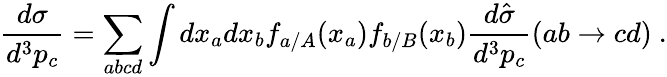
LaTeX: {\frac{d\sigma}{d^{3}p_{c}}}=\sum_{abcd}\int dx_{a}dx_{b}f_{a/A}(x_{a})f_{b/B}(x_{b}){\frac{d\hat{\sigma}}{d^{3}p_{c}}}(ab\rightarrow cd)\ .